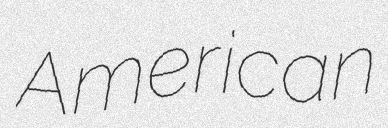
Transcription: American